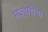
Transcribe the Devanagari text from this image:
मल्हारीचा